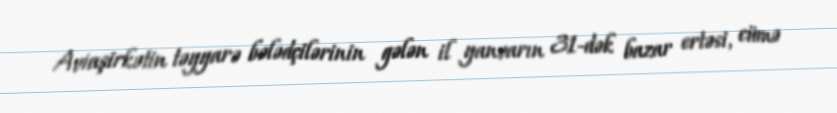
Aviaşirkətin təyyarə bələdçilərinin gələn il yanvarın 31-dək bazar ertəsi, cümə